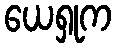
ယေရှုက